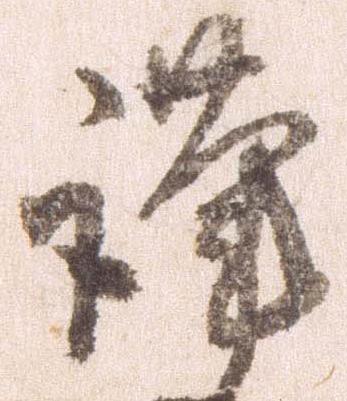
謹